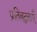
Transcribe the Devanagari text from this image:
प्रतिबद्धताएँ